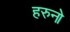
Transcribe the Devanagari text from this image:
हरुनो